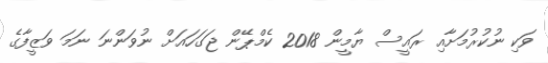
ވަކި ނުކުރުމަށާއި ރައީސް ޔާމީން 2018 ކެމްޕޭން ޖަގަހައަށް ނުވަންނަ ނަމަ ވަޒީފާގެ